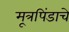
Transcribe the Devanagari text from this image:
मूत्रपिंडाचे